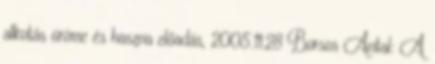
alkotás öröme és haszna előadás, 2005.11.28 Borsos Antal: A